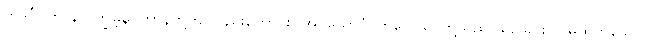
တဒင်္ဂပဟာန် ဝိက္ခမ္ဘနပဟာန်တို့ကို လည်းကောင်း။ အပ္ပယောဂံ၊ ကိလေသာတို့သည် ယှဉ်ခြင်းငှာ မထိုက်သော။